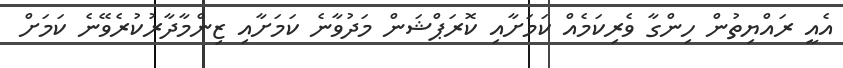
އެއީ ރައްޔިތުން ހިންގާ ވެރިކަމެއް ކަމަށާއި ކޮރަޕްޝަން މަދުވާނެ ކަމަށާއި ޒިންމާދާރުކުރެވޭނެ ކަމަށް